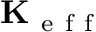
\mathbf { K } _ { \mathrm { ~ e ~ f ~ f ~ } }